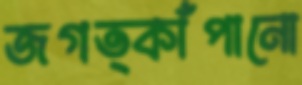
জগত্কাঁপানো